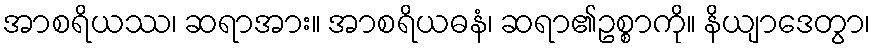
အာစရိယဿ၊ ဆရာအား။ အာစရိယဓနံ၊ ဆရာ၏ဥစ္စာကို။ နိယျာဒေတွာ၊